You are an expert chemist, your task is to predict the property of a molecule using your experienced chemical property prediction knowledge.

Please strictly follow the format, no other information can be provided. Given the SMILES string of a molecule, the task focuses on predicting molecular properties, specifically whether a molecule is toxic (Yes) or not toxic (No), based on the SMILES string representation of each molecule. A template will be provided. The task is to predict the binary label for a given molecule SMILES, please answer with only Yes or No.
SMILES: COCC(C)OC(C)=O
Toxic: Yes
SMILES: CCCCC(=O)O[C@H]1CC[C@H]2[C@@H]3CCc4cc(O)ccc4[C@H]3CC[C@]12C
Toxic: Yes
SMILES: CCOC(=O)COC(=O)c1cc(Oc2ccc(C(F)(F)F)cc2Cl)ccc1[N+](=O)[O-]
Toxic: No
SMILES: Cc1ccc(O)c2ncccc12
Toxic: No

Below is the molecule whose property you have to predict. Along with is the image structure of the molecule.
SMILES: NCC(=O)O
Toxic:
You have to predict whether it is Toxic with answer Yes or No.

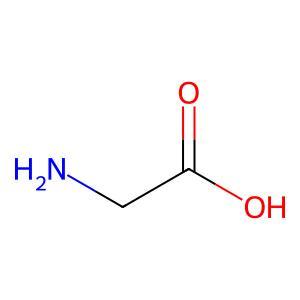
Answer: No